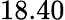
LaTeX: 18.40